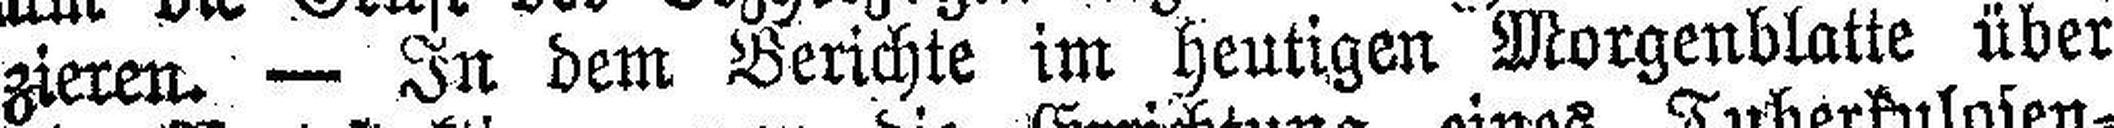
zieren. — In dem Berichte im heutigen Morgenblatte über